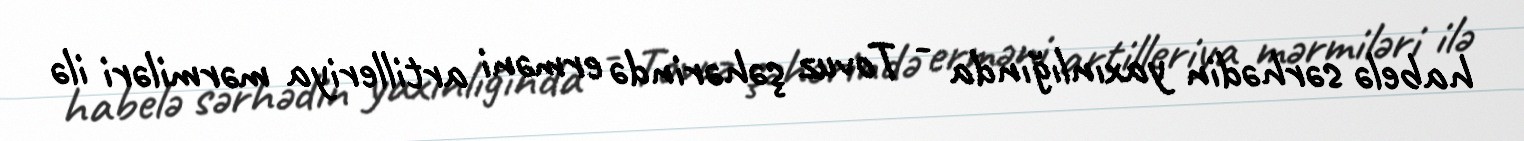
habelə sərhədin yaxınlığında - Tovuz şəhərində erməni artilleriya mərmiləri ilə